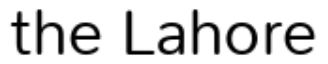
the Lahore